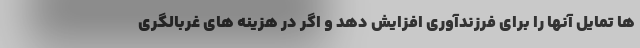
ها تمایل آنها را برای فرزندآوری افزایش دهد و اگر در هزینه های غربالگری